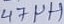
Text: 47µH